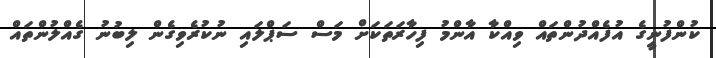
ކުންފުނީގެ އުފެއްދުންތައް ވިއްކާ އާންމު ފިހާރަތަކަށް މަސް ސަޕްލައި ނުކުރެވިގެން ލިބުނު ގެއްލުންތައް